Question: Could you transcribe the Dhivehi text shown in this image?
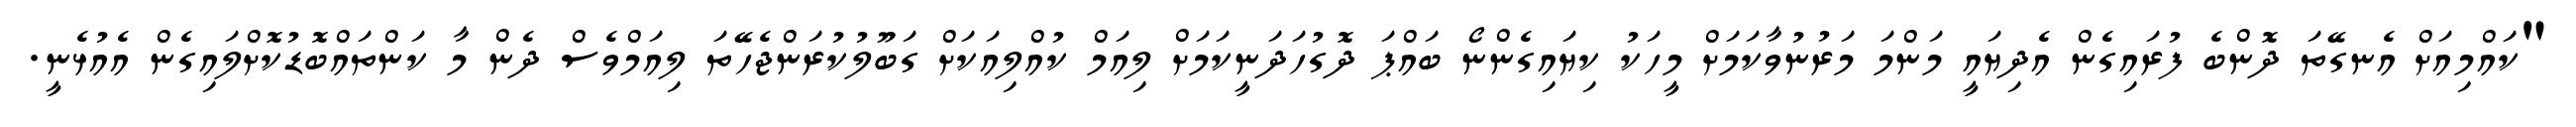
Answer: "ކައްމިއަށް އެނގޭތަ ދޮންބެ ފުރައިގެން އެދިޔައީ މަންމަ މަރުނުވާކަމަށް މީހަކު ކިޔައިގެންނޯ ބައްޕަ ދޮގުހަދަނީކަމަށް ލިއަމް ކުއްލިއަކަށް ގަބޫލުކުރަންޖެހޭތަ ލިއަމްވެސް ދެން މާ ކަންތައްބޮޑުކޮށްލައިގެން އެއުޅެނީ.